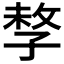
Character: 𡥽